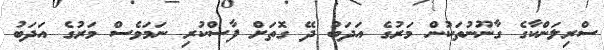
ސްރިލަންކާގެ ގާނޫނުތަކުން މަރުގެ އަދަބު ދޭ ގޮތަށް ފާސްކުރި ނަމަވެސް މަރުގެ އަދަބު